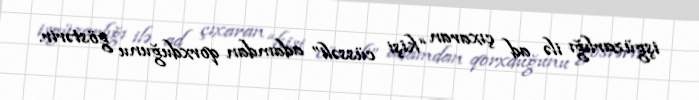
işgüzarlığı ilə ad çıxaran “kişi cüssəli” adamdan qorxduğunu göstərir.